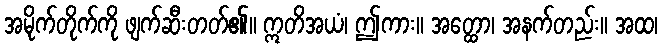
အမိုက်တိုက်ကို ဖျက်ဆီးတတ်၏။ ဣတိအယံ၊ ဤကား။ အတ္ထော၊ အနက်တည်း။ အထ၊